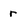
Character: r